Report of the King Institute of Preventive Medicine, Guindy
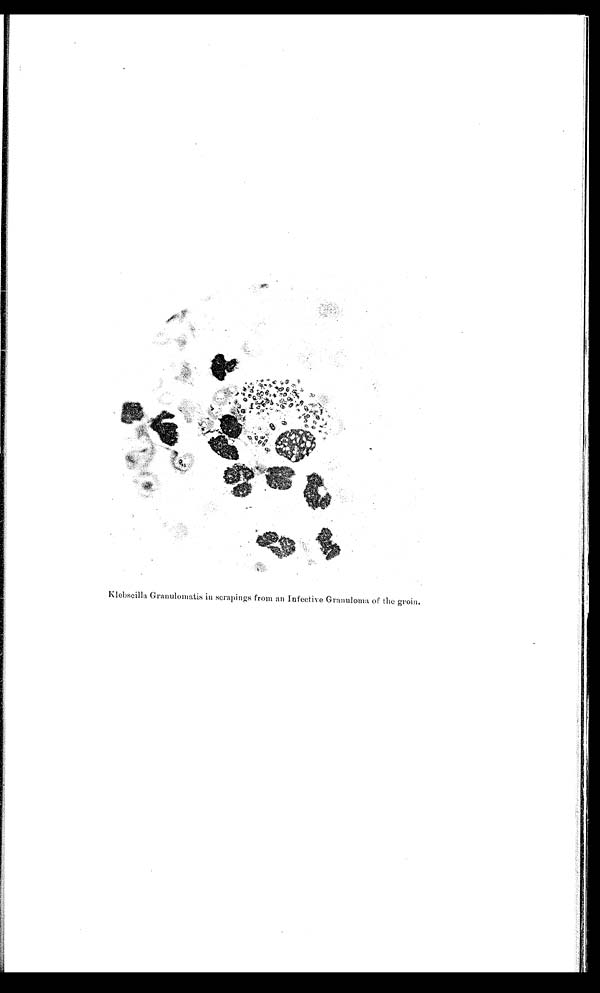
Klebseilla Granulomatis in scrapings from an Infective Granuloma of the groin.